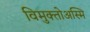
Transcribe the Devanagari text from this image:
विमुक्तोअस्मि